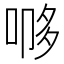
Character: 𭈨